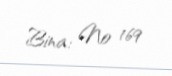
Bina: № 169